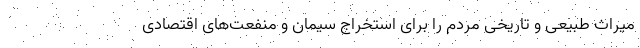
میراث طبیعی و تاریخی مردم را برای استخراج سیمان و منفعت‌های اقتصادی